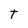
Character: T